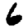
Digit: 6